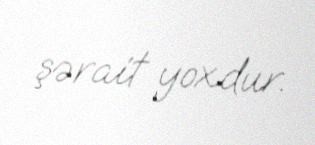
şərait yoxdur.